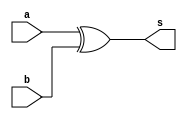
// -------------------------
// Exemplo0021  COMPARADOR  DE DIFERENA
// Nome: Guilherme Moreira Nunes
// -------------------------
// -------------------------
// compara
// -------------------------
module compara (output s, input a, input b);

xor XOR1(s, a, b);

endmodule // compara
module test_compara;
// ------------------------- definir dados
reg[2:0] x;
reg[2:0] y;
wire[2:0] compara;

compara compara1(compara[0], x[0], y[0]);
compara compara2(compara[1], x[1], y[1]);
compara compara3(compara[2], x[2], y[2]);
// ------------------------- parte principal
initial begin
$display("Exemplo0021 - Guilherme Moreira Nunes - 408947");
$display("Test ALUs COMPARADOR  DE DIFERENA");
$display(" x  ?=  s");
#1 x = 3'b000; y = 3'b000;
$monitor("%b ?= %b --> %b", x, y, compara);

#1 x = 3'b001; y = 3'b001; 
#1 x = 3'b100; y = 3'b001; 
#1 x = 3'b111; y = 3'b111;
// projetar testes
end
endmodule // test_compara